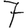
Digit: 7